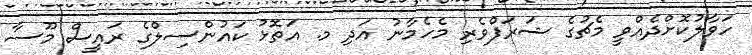
ހަވާލުކޮށްދެއްވީ މެޗުގެ ޝަރަފްވެރި މެހެމާނު އަދި މ. އަތޮޅު ކައުންސިލްގެ ރައީސް މޫސާ